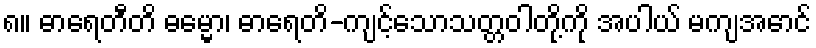
၈။ ဓာရေတီတိ ဓမ္မော၊ ဓာရေတိ-ကျင့်သောသတ္တဝါတို့ကို အပါယ် မကျအောင်